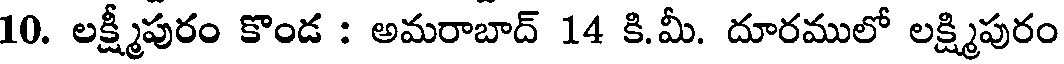
10. లక్ష్మీపురం కొండ : అమరాబాద్ 14 కి.మీ. దూరములో లక్ష్మిపురం